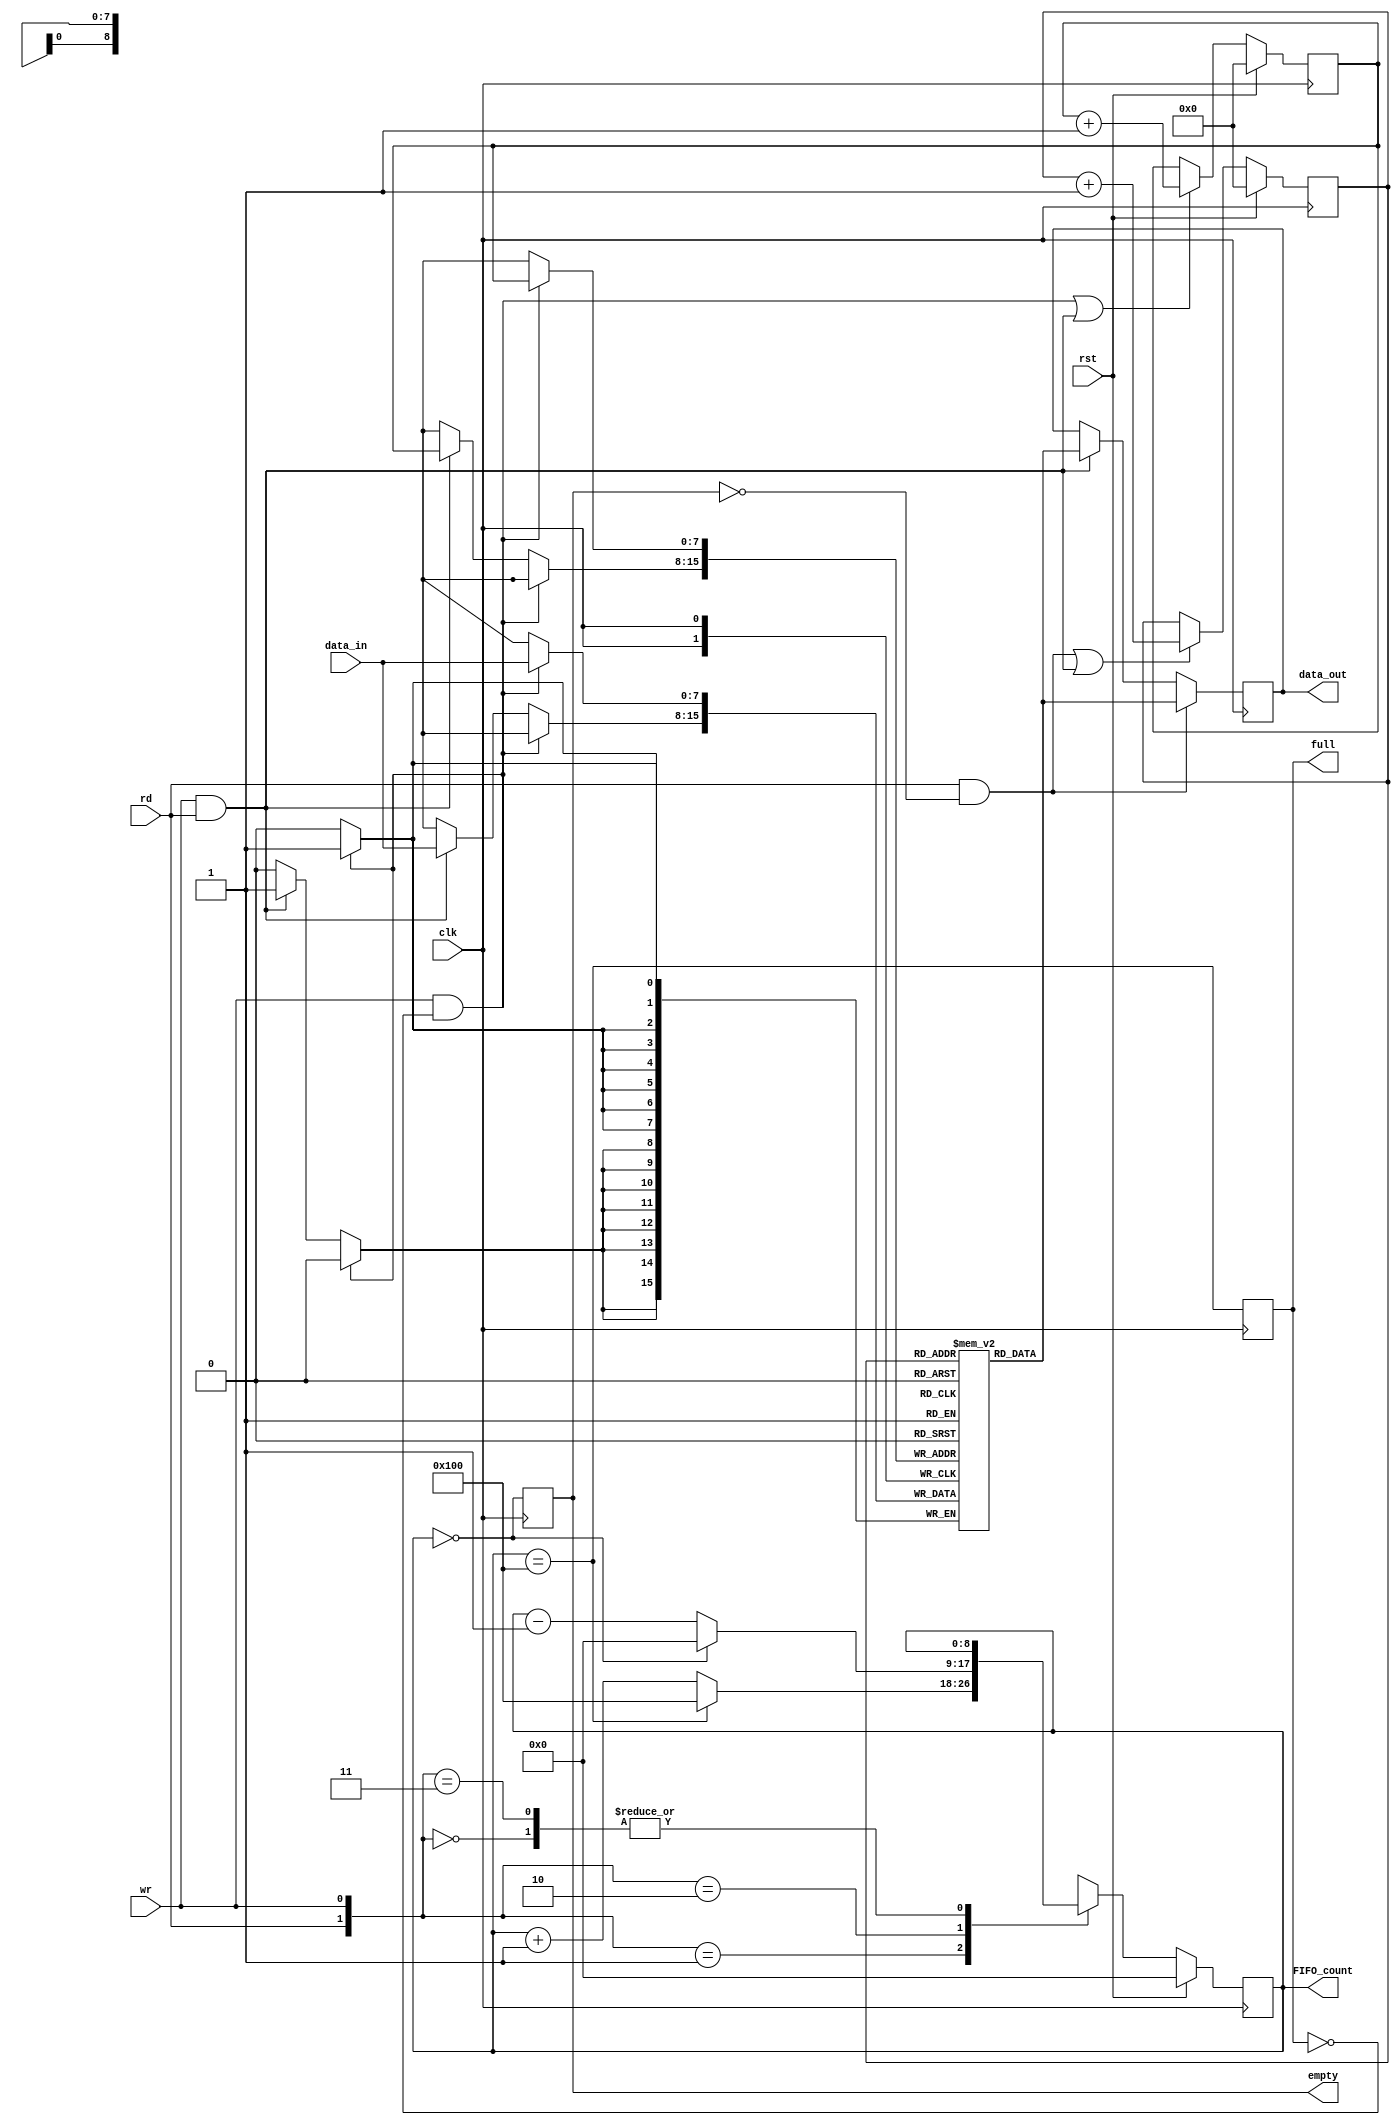
module FIFO_synchronous(input [7:0]data_in, input clk,rst,rd,wr,output reg empty,full,output reg [8:0] FIFO_count,output reg [7:0]data_out);
reg [7:0]FIFO_memory[255:0];				//256 memory locations, each of size 8-bits declared
reg [7:0]rd_ptr,wr_ptr;						//8 bit pointer declared as 256 memory locations are present. 9-bit FIFO_count is taken in order to flag full, as it's not possible if 8 bit FIFO_count can count till only 255
always @(posedge clk)
begin							//write operation while block
	if(wr && !full)
	begin
		FIFO_memory[wr_ptr]<=data_in;
	end
	else if(wr&&rd)
	begin
		FIFO_memory[wr_ptr]<=data_in;
	end
end

always @(posedge clk)
begin							//read operation while block
	if(rd && !empty)
	begin
		data_out<=FIFO_memory[rd_ptr];
	end
	else if(rd&&wr)
	begin
		data_out<=FIFO_memory[rd_ptr];
	end
end

always @(posedge clk)
begin
	if(rst)
	begin
		{wr_ptr,rd_ptr}<=0;
	end
	else
	begin
		wr_ptr<=((wr && !full)||(rd&&wr))?wr_ptr+1:wr_ptr;
		rd_ptr<=((rd && !empty)||(rd&&wr))?rd_ptr+1:rd_ptr;
	end
end

always @(posedge clk)
begin
	if(rst)
	begin
		FIFO_count<=0;
	end
	else
	begin
		case({rd,wr})
		2'b00:FIFO_count<=FIFO_count;
		2'b01:FIFO_count<=(FIFO_count==256)?256:FIFO_count+1;
		2'b10:FIFO_count<=(FIFO_count==0)?0:FIFO_count-1;
		2'b11:FIFO_count<=FIFO_count;
		endcase
	end
end

always @(posedge clk)
begin
	empty<=(FIFO_count==0);
	full<=(FIFO_count==256);
end
endmodule